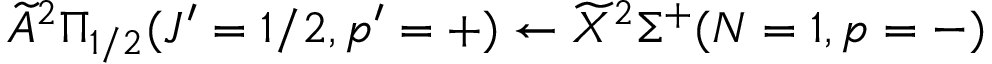
\widetilde { A } ^ { 2 } \Pi _ { 1 / 2 } ( J ^ { \prime } = 1 / 2 , p ^ { \prime } = + ) \leftarrow \widetilde { X } ^ { 2 } \Sigma ^ { + } ( N = 1 , p = - )